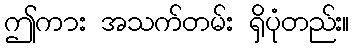
ဤကား အသက်တမ်း ရှိပုံတည်း။